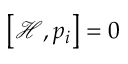
\left[ { \mathcal { H } } , p _ { i } \right] = 0